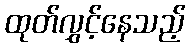
ထုတ်လွှင့်နေသည့်